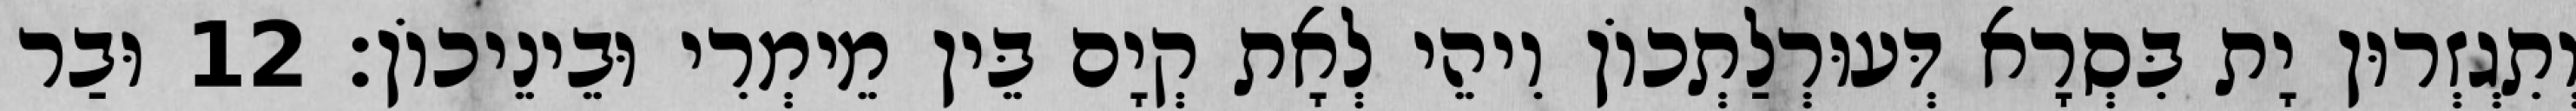
וְתִגְזְרוּן יָת בִּסְרָא דְּעוּרְלַתְכוֹן וִיהֵי לְאָת קְיָם בֵּין מֵימְרִי וּבֵינֵיכוֹן׃ 12 וּבַר